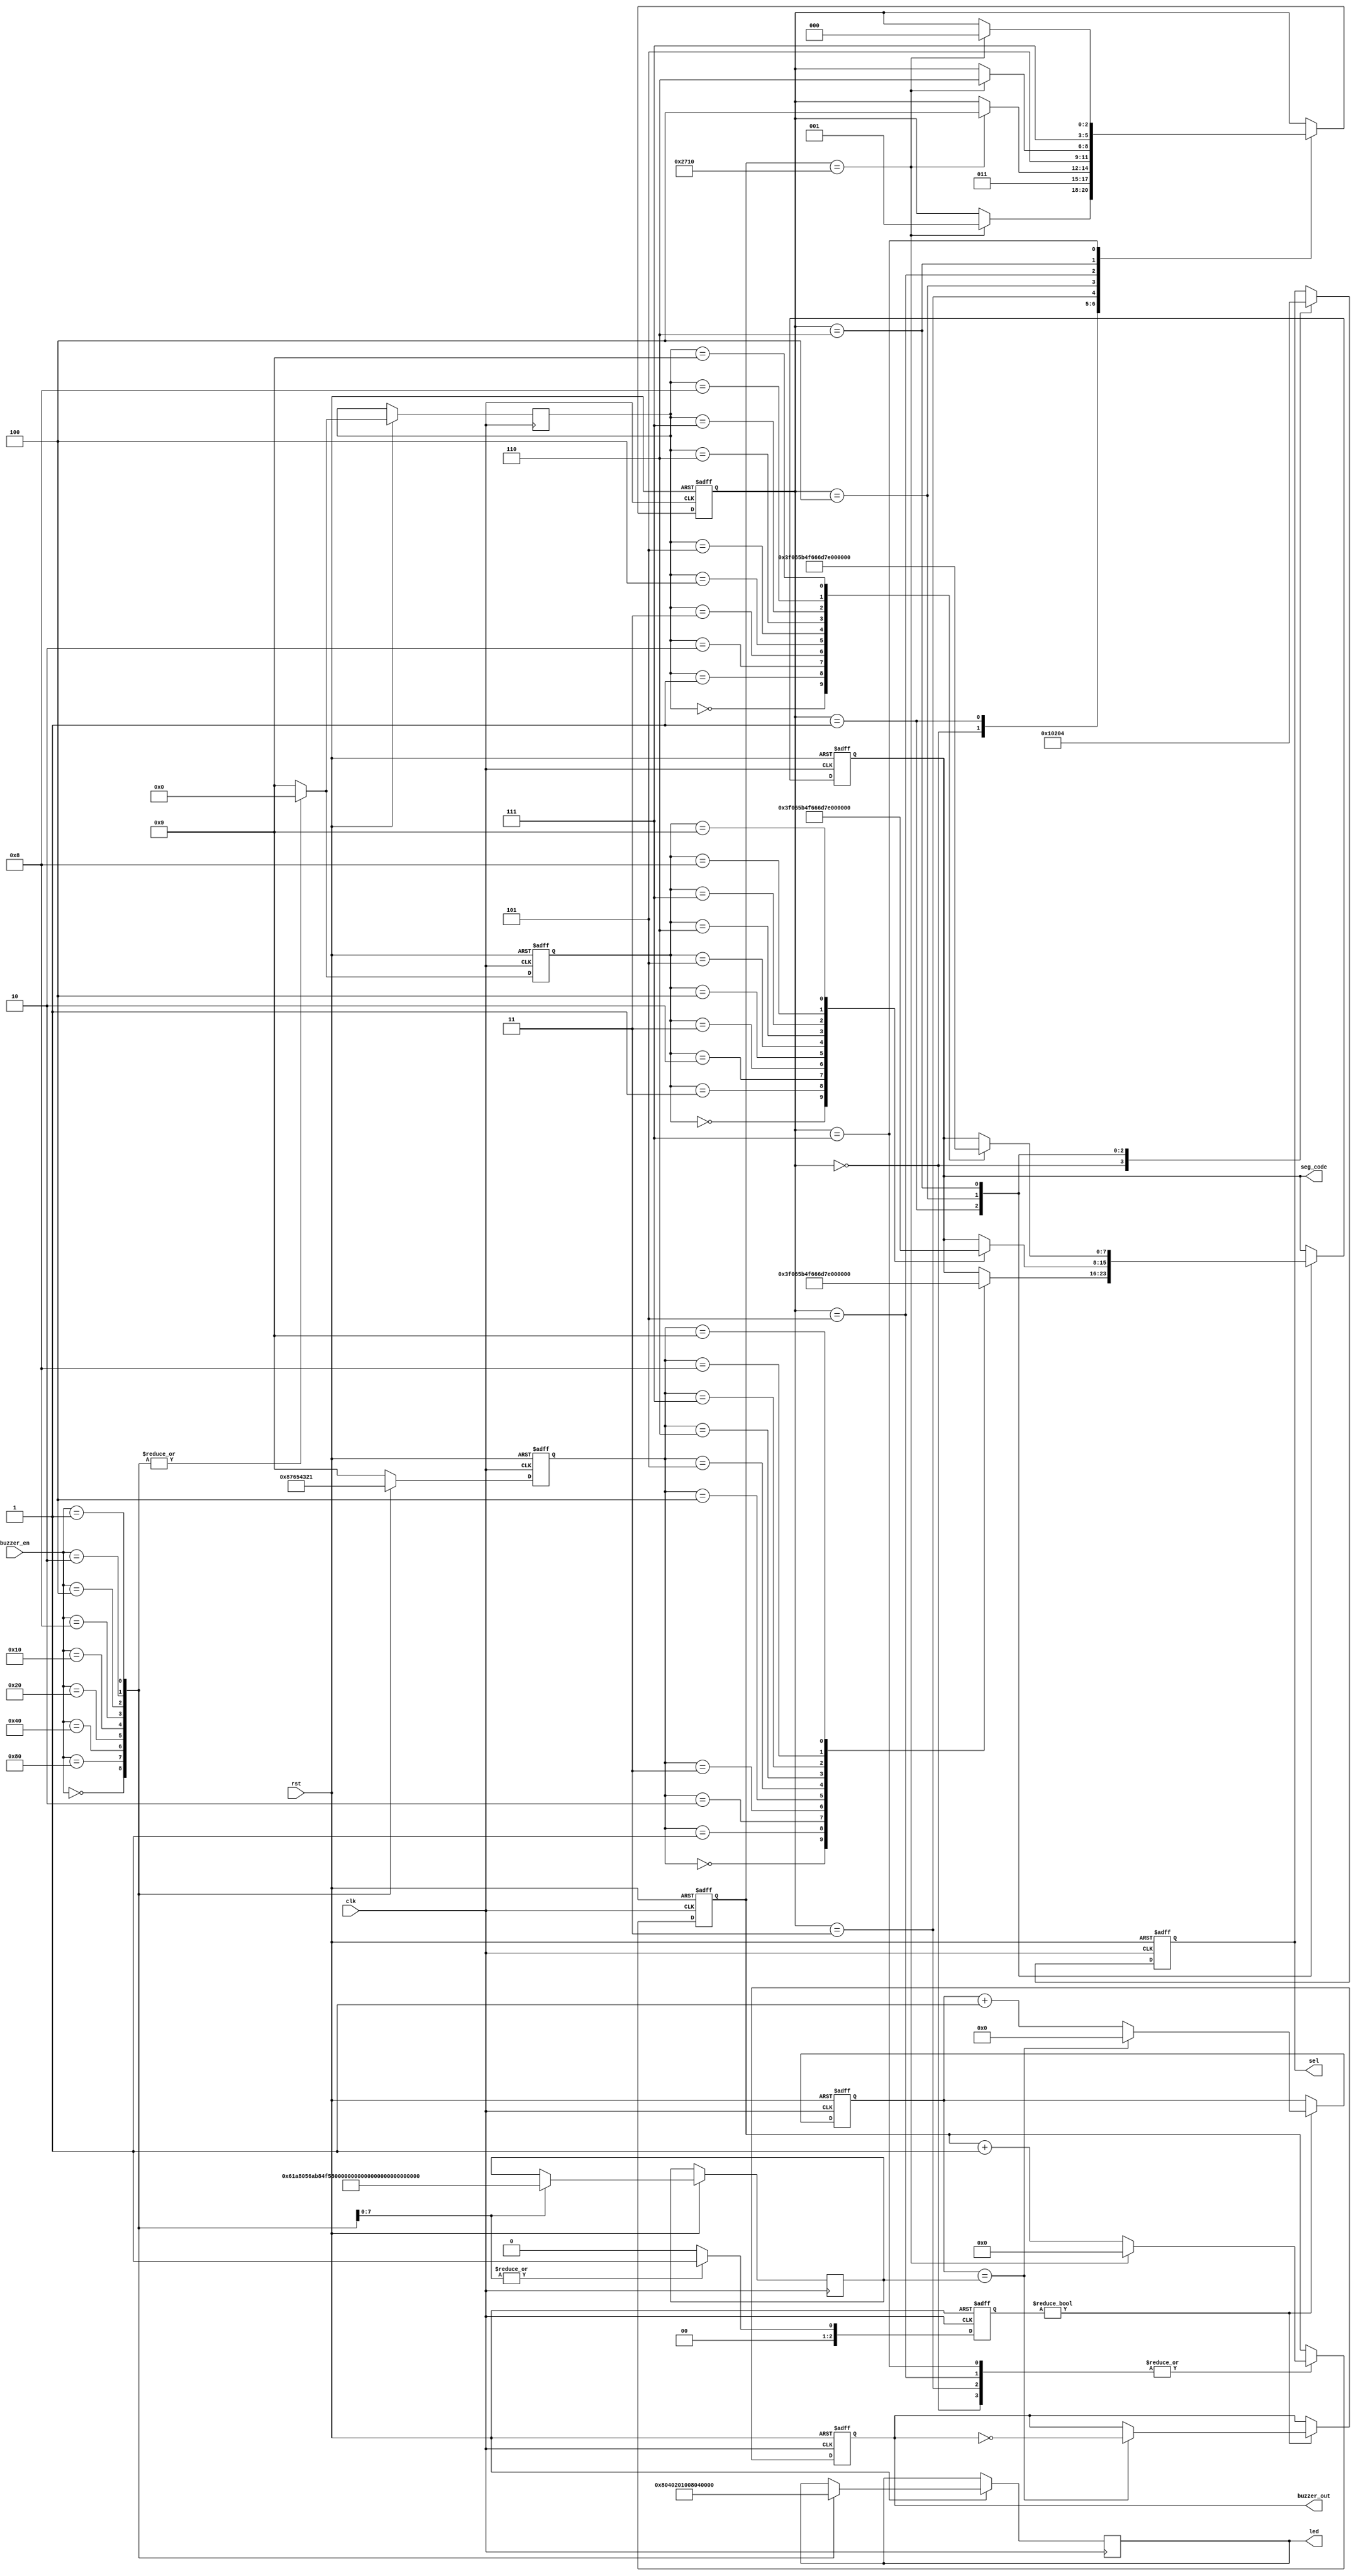
`timescale 1ns / 1ps
module buzzer(
input clk,
input rst,
input [7:0]buzzer_en,
output buzzer_out,
output [7:0] led,
output reg[7:0] sel,
output reg[7:0] seg_code
    );
    reg clk_1000 ;
    reg [2:0]buzzer_state;
    reg [19:0]cnt;
    reg [19:0]MODE;
	
    parameter CNT0 = 35000;
    parameter CNT1 = 65000;
    parameter CNT2 = 165000;
    parameter CNT3 = 265000;
	parameter CNT4 = 295000;
	parameter CNT5 = 325000;
	parameter CNT6 = 355000;
	parameter CNT7 = 400000;
	
	reg [23:0]cnt1;
	
	parameter _0 = 8'h3f,_1 = 8'h06,_2 = 8'h5b,_3 = 8'h4f,    
               _4 = 8'h66,_5 = 8'h6d,_6 = 8'h7d,_7 = 8'h07,
               _8 = 8'h7f,_9 = 8'h6f, _E = 8'b01111001,
			   _R = 8'b01110111, _RR = 8'b11110111;
	
	parameter IDLE = 3'b00,STEP1 = 3'b01,  STEP2 = 3'b11,STEP3 = 3'b100,STEP4 = 3'b101, STEP5 = 3'b110, STEP6 = 3'b111;
	
	reg [2:0]step;
	reg [3:0]dig_1 =0; 
    reg [3:0]dig_2 =0;
	reg [3:0]dig_3 =0;
	
    reg [7 : 0] light_reg;
    
    always@(posedge clk or negedge rst)
    begin
        if (~rst )
        begin
            buzzer_state<=0;
			dig_1 <= 0;
			dig_2 <= 0;
        end
        else
        begin
            case (buzzer_en)
            8'b00000000:begin 
			buzzer_state<=0; 
			light_reg<=8'b00000000;
			dig_1 <= 0;			
			dig_2 <= 0;
			dig_3 <= 0;
			end
			
			8'b10000000:begin 
			buzzer_state<=1;MODE<=CNT7; 
			light_reg<=8'b10000000; 
			dig_1 <= 8;
			dig_2 <= 0;
			dig_3 <= 0;
			end
			
            8'b01000000:begin 
			buzzer_state<=1;
			MODE<=CNT6; 
			light_reg<=8'b01000000;
			dig_1 <= 7;
			dig_2 <= 0;
			dig_3 <= 0;
			end
			
            8'b00100000:begin
			buzzer_state<=1;MODE<=CNT5; 
			light_reg<=8'b00100000; 
			dig_1 <= 6;
			dig_2 <= 0;
			dig_3 <= 0;
			end
			
            8'b00010000:begin 
			buzzer_state<=1;
			MODE<=CNT4; 
			light_reg<=8'b00010000; 
			dig_1 <= 5;
			dig_2 <= 0;
			dig_3 <= 0;
			end
			
            8'b00001000:begin 
			buzzer_state<=1;
			MODE<=CNT3; 
			light_reg<=8'b00001000; 
			dig_1 <= 4;
			dig_2 <= 0;
			dig_3 <= 0;
			end
			
            8'b00000100:
			begin buzzer_state<=1;
			MODE<=CNT2; 
			light_reg<=8'b00000100; 
			dig_1 <= 3;
			dig_2 <= 0;
			dig_3 <= 0;
			end
			
            8'b00000010:begin 
			buzzer_state<=1;
			MODE<=CNT1; 
			light_reg<=8'b00000010; 
			dig_1 <= 2;
			dig_2 <= 0;
			dig_3 <= 0;
			end
			
            8'b00000001:begin 
			buzzer_state<=1;
			MODE<=CNT0; 
			light_reg<=8'b00000001; 
			dig_1 <= 1;
			dig_2 <= 0;
			dig_3 <= 0;
			end
			
            default : begin
			buzzer_state<=0;
			dig_1 <= 9;			
			dig_2 <= 9;
			dig_3 <= 9;
			end
            endcase
        end
    end
    
    //for buzzer
    always@(posedge clk or negedge rst)
    begin
        if (~rst )
        begin
            clk_1000 <= 0;
            cnt <= 1;
        end
        else if(buzzer_state)
        begin
            if (cnt == MODE)
            begin
                clk_1000 <= ~clk_1000;
                cnt <= 0;
            end
            else
            begin
                cnt<=cnt+1;
            end
         end
     end

	//for led display
	always@(posedge clk or negedge rst)
	begin 
		if(~rst)
		begin
			step <= IDLE;
			sel <= 8'b00000000;
            seg_code<= 8'hff;
			cnt1 <= 0;
		end
		else
		begin
			case(step)
			IDLE:
				begin
					sel<=8'b00000000; 
                    if(cnt1 == 10000)         
                    begin
                        step<=STEP1;
                        cnt1 <= 0;
                    end
                    else
                    cnt1 <= cnt1+1;
				end
			STEP1:
				begin
                    sel<=8'b00000001;                   
                    step<=STEP2;
                    case(dig_1)
                        4'd0:seg_code <= _0;         
                        4'd1:seg_code <= _1;
                        4'd2:seg_code <= _2;
                        4'd3:seg_code <= _3;
                        4'd4:seg_code <= _4;
                        4'd5:seg_code <= _5;
                        4'd6:seg_code <= _6;
                        4'd7:seg_code <= _7;
                        4'd8:seg_code <= _8;
                        4'd9:seg_code <= _RR;
                    endcase
                end
			STEP2:
				begin
                    if(cnt1 == 10000)
                    begin
                        step<=STEP3;
                        cnt1 <= 0;
                    end
                    else
                    cnt1 <= cnt1+1;
                end
			STEP3:
				begin
                    sel<=8'b00000010;                
                    step<=STEP4;
                    case(dig_2)
                        4'd0:seg_code <= _0;         
                        4'd1:seg_code <= _1;
                        4'd2:seg_code <= _2;
                        4'd3:seg_code <= _3;
                        4'd4:seg_code <= _4;
                        4'd5:seg_code <= _5;
                        4'd6:seg_code <= _6;
                        4'd7:seg_code <= _7;
                        4'd8:seg_code <= _8;
                        4'd9:seg_code <= _R;
                        endcase
                end
			STEP4:
				begin
                    if(cnt1 == 10000)
                    begin
                        step<=STEP5;
                        cnt1 <= 0;
                    end
                    else
                    cnt1 <= cnt1+1;
                end
			STEP5:
				begin
                    sel<=8'b00000100;                
                    step<=STEP6;
                    case(dig_3)
                        4'd0:seg_code <= _0;         
                        4'd1:seg_code <= _1;
                        4'd2:seg_code <= _2;
                        4'd3:seg_code <= _3;
                        4'd4:seg_code <= _4;
                        4'd5:seg_code <= _5;
                        4'd6:seg_code <= _6;
                        4'd7:seg_code <= _7;
                        4'd8:seg_code <= _8;
                        4'd9:seg_code <= _E;
                        endcase
                end
			STEP6:
				begin
                            if(cnt1 == 10000)           
                            begin
                                step<=IDLE;
                                cnt1 <= 0;
                            end
                            else
                            cnt1 <= cnt1+1;
                        end      
            
            endcase
		end
	end

   assign  buzzer_out =clk_1000;
   assign  led = light_reg; 
    
endmodule